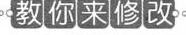
教你来修改。